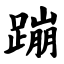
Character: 蹦